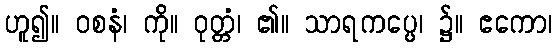
ဟူ၍။ ဝစနံ၊ ကို။ ဝုတ္တံ၊ ၏။ သာရကပ္ပေ၊ ၌။ ဧကော၊